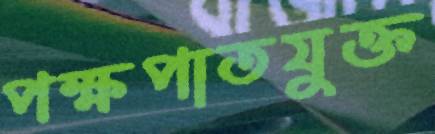
পক্ষপাতযুক্ত